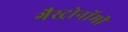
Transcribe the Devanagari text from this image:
गैस्ट्रोनॉमी